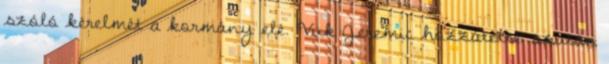
szóló kérelmét a kormány elé. Vuk Jeremic hozzátette: azután